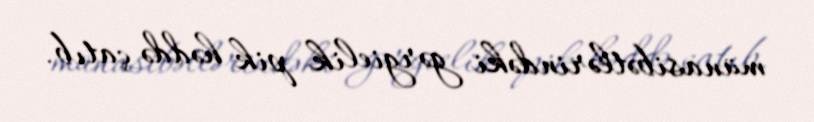
münasibətlərindəki gərgielik pik həddə çatıb.